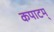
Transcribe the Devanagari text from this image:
कपाटम्